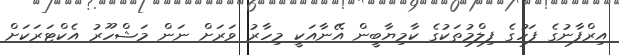
އިރްފާނުގެ ފަހުގެ ފިލްމުތަކުގެ ކާމިޔާބީން އޭނާއަކީ މިހާރު ވަރަށް ނަން މަޝްހޫރު އެކްޓަރަކަށް